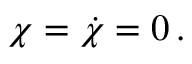
\chi = \dot { \chi } = 0 \, .